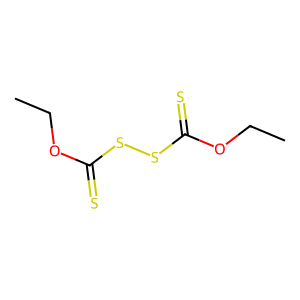
SMILES: CCOC(=S)SSC(=S)OCC
Inhibits HIV replication: No